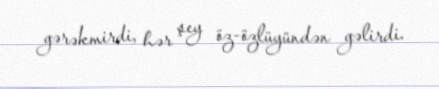
gərəkmirdi, hər şey öz-özlüyündən gəlirdi.